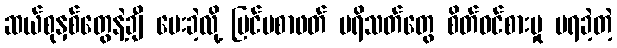
ဆယ်စုနှစ်တွေနဲ့ချီ ပေးခဲ့လို့ ပြင်ပစာဖတ် ပရိသတ်တွေ စိတ်ဝင်စားမှု မရခဲ့တဲ့